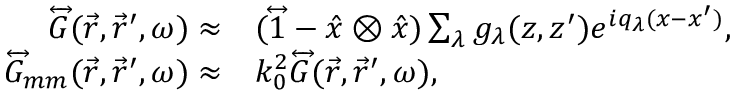
\begin{array} { r l } { \overleftrightarrow { G } ( \vec { r } , \vec { r } ^ { \prime } , \omega ) \approx } & { ( \overleftrightarrow { 1 } - \hat { x } \otimes \hat { x } ) \sum _ { \lambda } g _ { \lambda } ( z , z ^ { \prime } ) e ^ { i q _ { \lambda } ( x - x ^ { \prime } ) } , } \\ { \overleftrightarrow { G } _ { m m } ( \vec { r } , \vec { r } ^ { \prime } , \omega ) \approx } & { k _ { 0 } ^ { 2 } \overleftrightarrow { G } ( \vec { r } , \vec { r } ^ { \prime } , \omega ) , } \end{array}